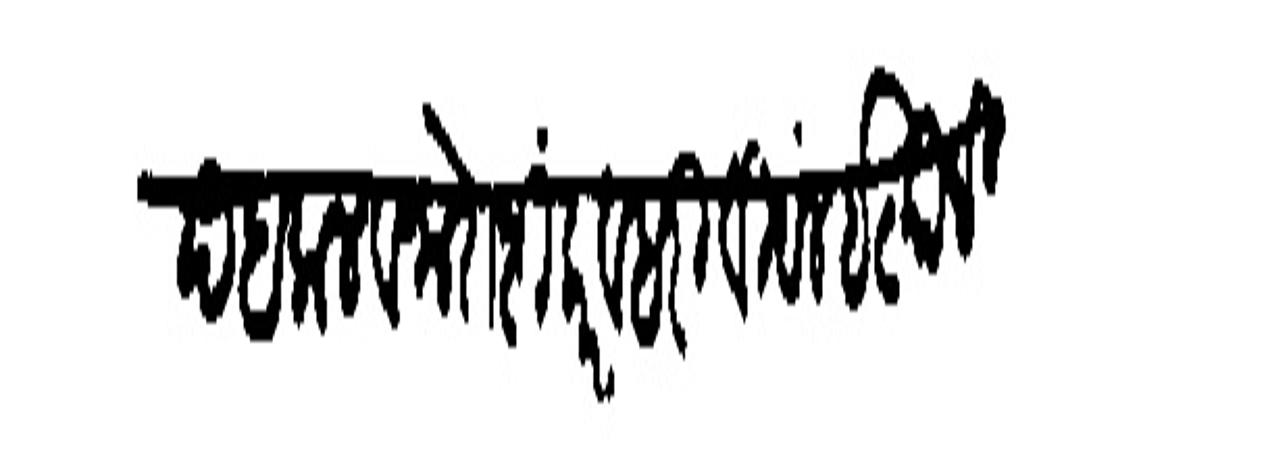
Transliteration (Devanagari): गोविंद बलाल व नारो दांकर व हरि विठल इत्यादि